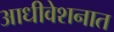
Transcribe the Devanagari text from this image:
आधीवेशनात